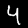
Label: 4